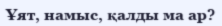
Ұят, намыс, қалды ма ар?